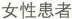
女性患者